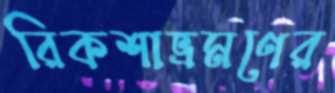
রিকশাভ্রমণের